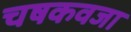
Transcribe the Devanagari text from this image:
चषकवजा